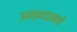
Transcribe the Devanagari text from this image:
अन्नदानाचे